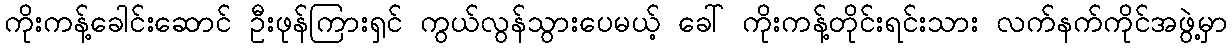
ကိုးကန့်ခေါင်းဆောင် ဦးဖုန်ကြားရှင် ကွယ်လွန်သွားပေမယ့် ခေါ် ကိုးကန့်တိုင်းရင်းသား လက်နက်ကိုင်အဖွဲ့မှာ